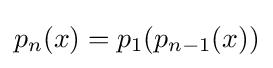
p_{n}(x)=p_{1}(p_{n-1}(x))